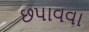
છપાવવા